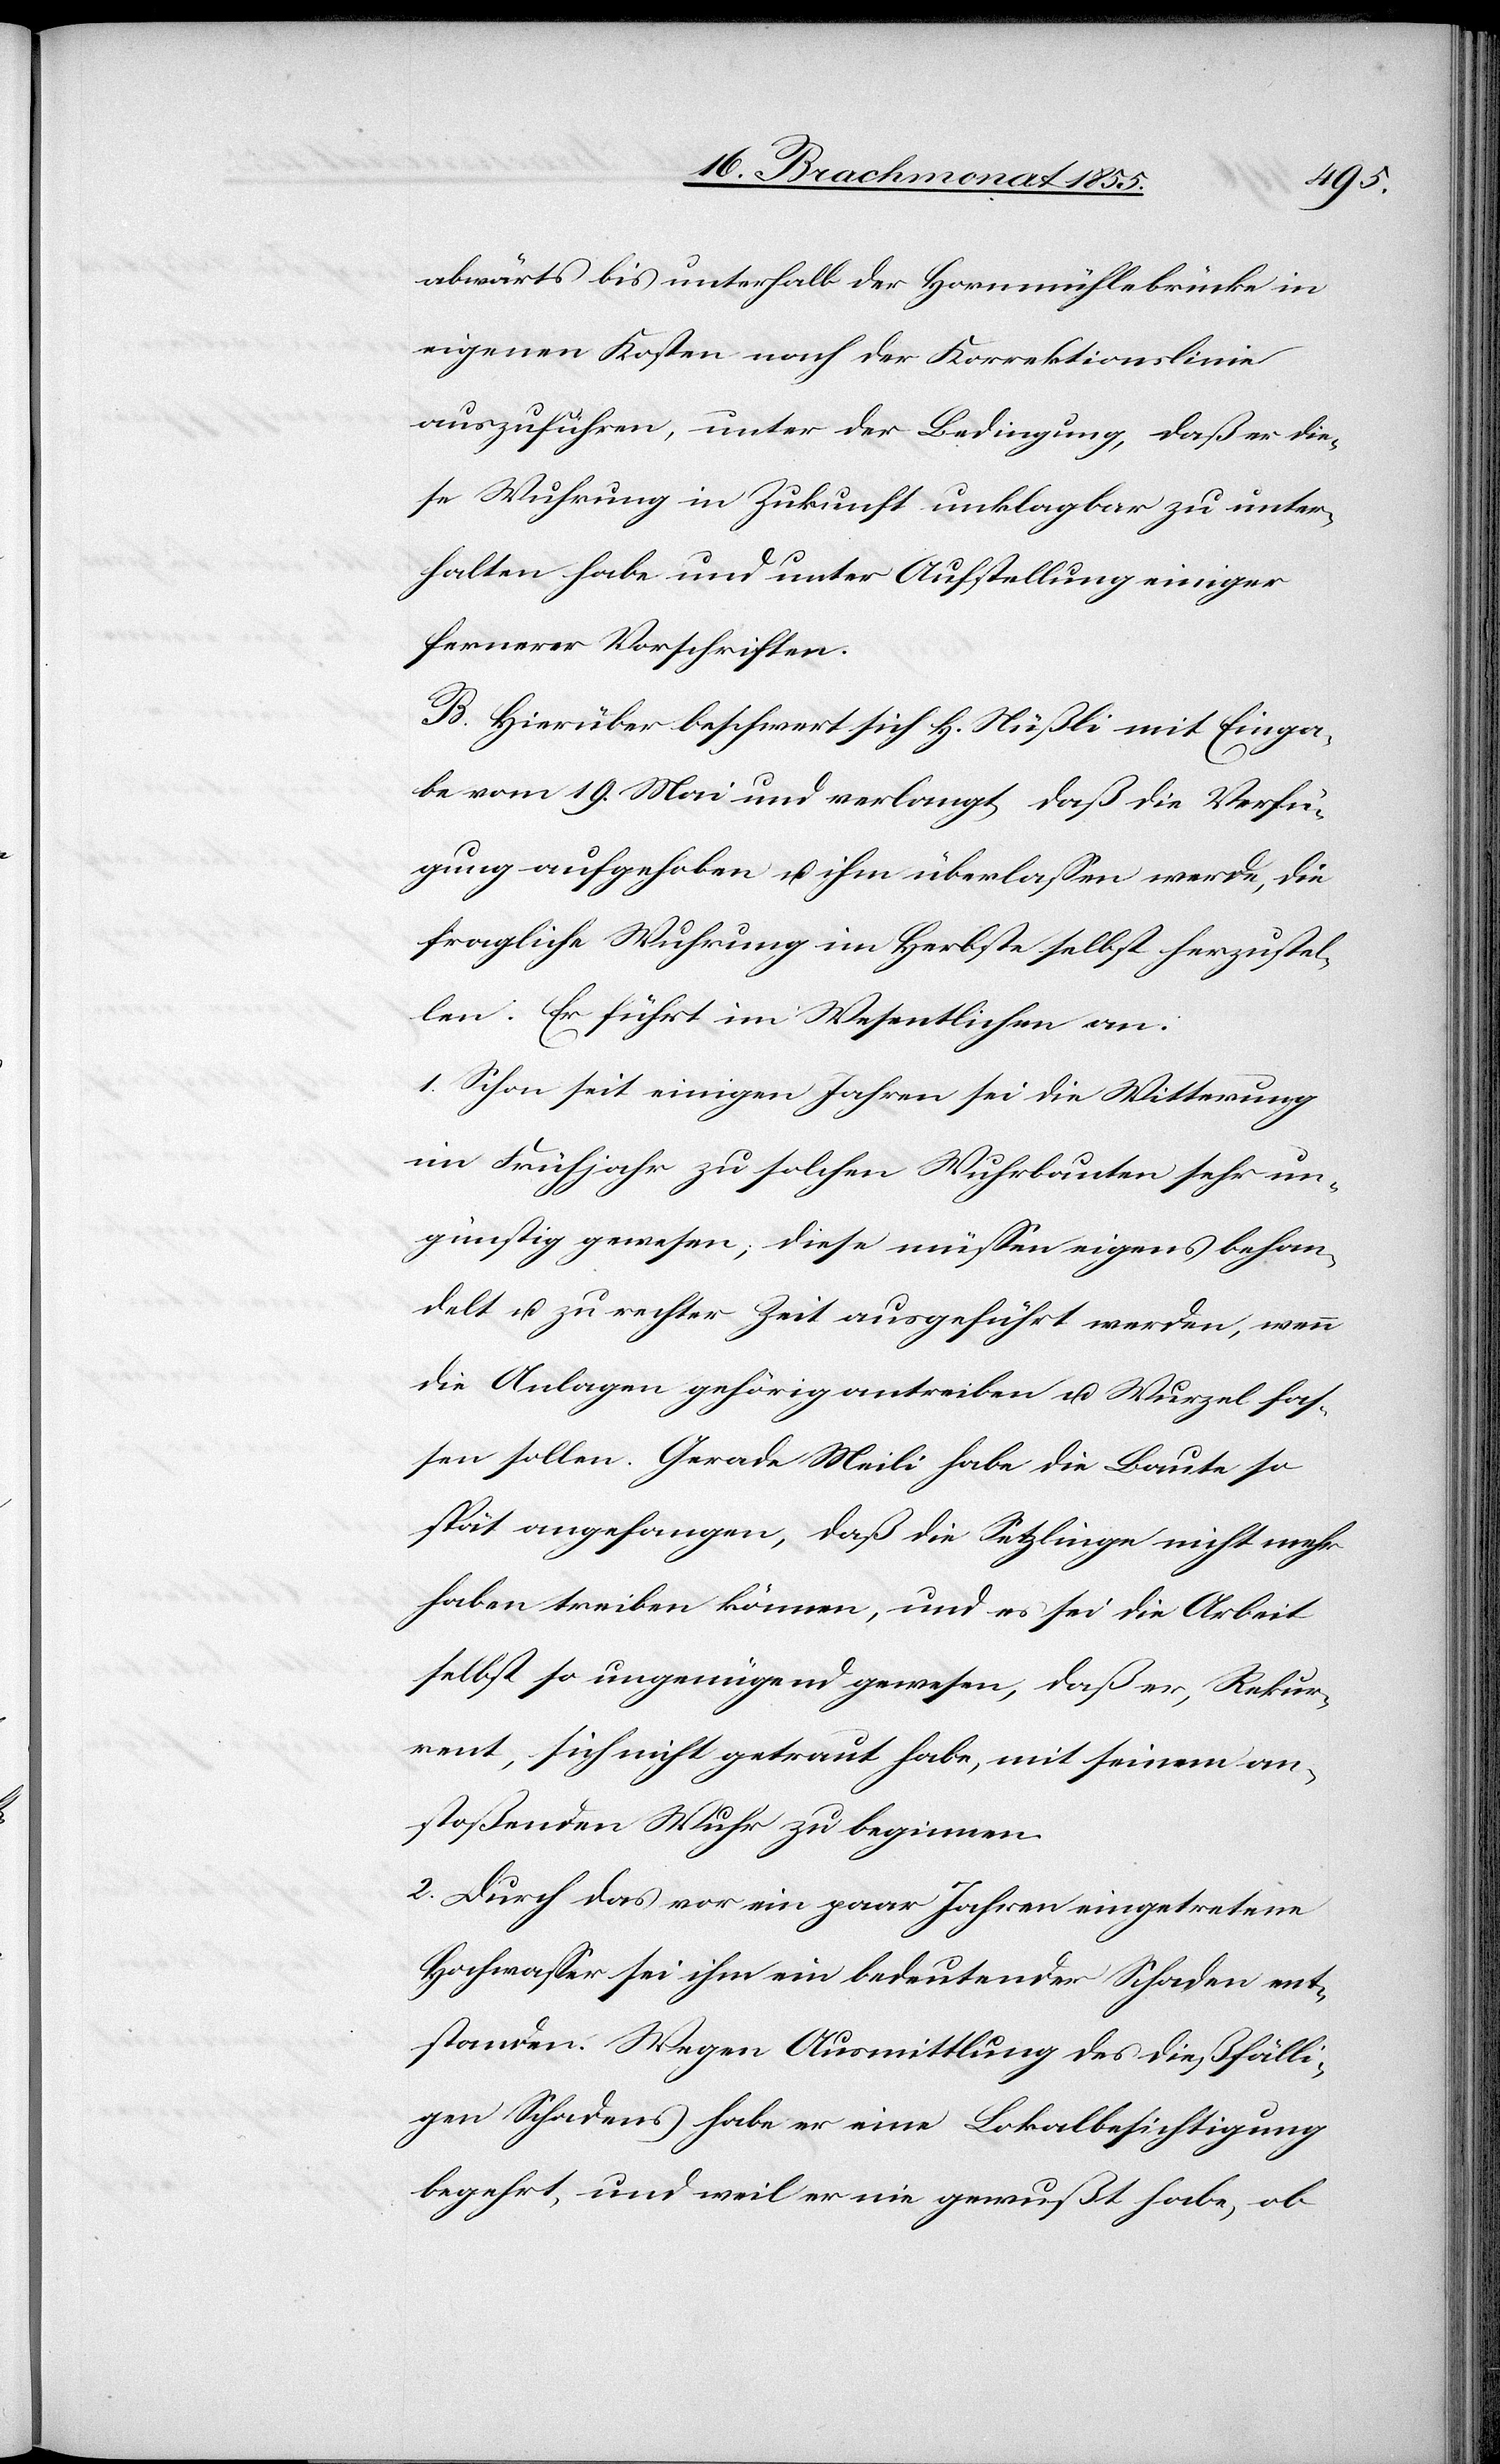
abwärts bis unterhalb der Hornmühlebrücke in
eigenen Kosten nach der Korrektionslinie
auszuführen, unter der Bedingung, daß er die¬
se Wuhrung in Zukunft unklagbar zu unter¬
halten habe und unter Aufstellung einiger
fernerer Vorschriften.
B. Hierüber beschwert sich H. Nüßli mit Einga¬
be vom 19. Mai und verlangt, daß die Verfü¬
gung aufgehoben u. ihm überlassen werde, die
fragliche Wuhrung im Herbste selbst herzustel¬
len. Er führt im Wesentlichen an:
1. Schon seit einigen Jahren sei die Witterung
im Frühjahr zu solchen Wuhrbauten sehr un¬
günstig gewesen; diese müssen eigens behan¬
delt u. zu rechter Zeit ausgeführt werden, wenn
die Anlagen gehörig antreiben u. Wurzel fas¬
sen sollen. Gerade Meili habe die Baute so
spät angefangen, daß die Setzlinge nicht mehr
haben treiben können, und es sei die Arbeit
selbst so ungenügend gewesen, daß er, Rekur¬
rent, sich nicht getraut habe, mit seinem an¬
stoßenden Wuhr zu beginnen.
2. Durch das vor ein paar Jahren eingetretene
Hochwasser sei ihm ein bedeutender Schaden ent¬
standen. Wegen Ausmittlung des dießfälli¬
gen Schadens habe er eine Lokalbesichtigung
begehrt, und weil er nie gewußt habe, ob